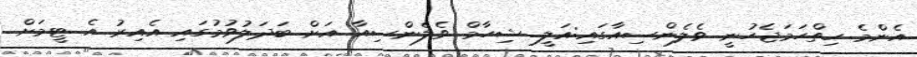
އެންމެ ހިތްހަމަޖެހުނީ ވެލެންސިއާގައި:އަލީ ޝިހާމް ވެލެންސިއާ އަށް ބަދަލުވުމުގައި އެއިރު އެ ޓީމަށް